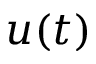
u ( t )